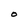
Character: O